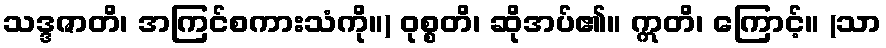
သဒ္ဒဇာတိ၊ အကြင်စကားသံကို။) ဝုစ္စတိ၊ ဆိုအပ်၏။ ဣတိ၊ ကြောင့်။ (သာ